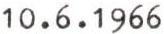
10.6.1966